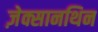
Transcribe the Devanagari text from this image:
ज़ेक्सानथिन